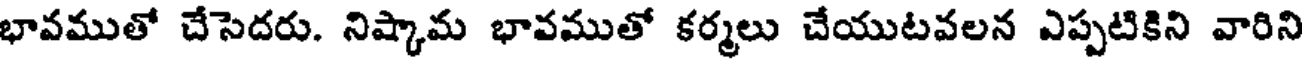
భావముతో చేసెదరు. నిష్కామ భావముతో కర్మలు చేయుటవలన ఎప్పటికిని వారిని